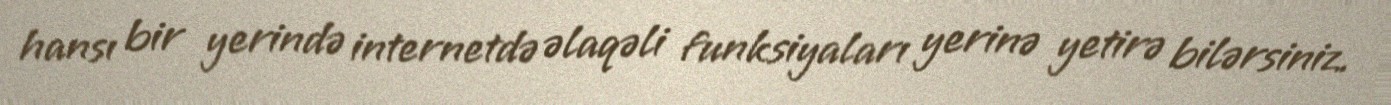
hansı bir yerində internetdə əlaqəli funksiyaları yerinə yetirə bilərsiniz.